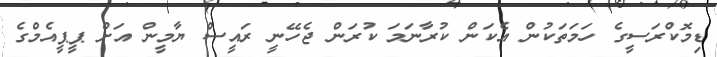
ޑިމޮކްރަސީގެ ހަމަތަކުން އެކަން ކުރާނަމަ ކުރަން ޖެހޭނީ ރައީސް ޔާމީން އަށް ޕީޕީއެމްގެ